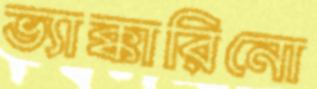
ভ্যাক্কারিনো